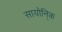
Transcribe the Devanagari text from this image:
सायोनि्क